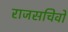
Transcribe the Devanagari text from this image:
राजसचिवों